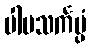
ပါပသင်္ကပ္ပံ